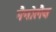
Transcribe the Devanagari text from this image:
नैनोलैब